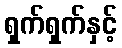
ရှက်ရှက်နှင့်